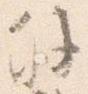
外